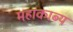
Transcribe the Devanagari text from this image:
महाकाब्‍य